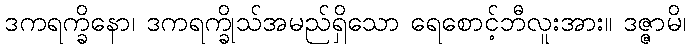
ဒကရက္ခိနော၊ ဒကရက္ခိုသ်အမည်ရှိသော ရေစောင့်ဘီလူးအား။ ဒဇ္ဇာမိ၊